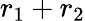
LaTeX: r_{1}+r_{2}